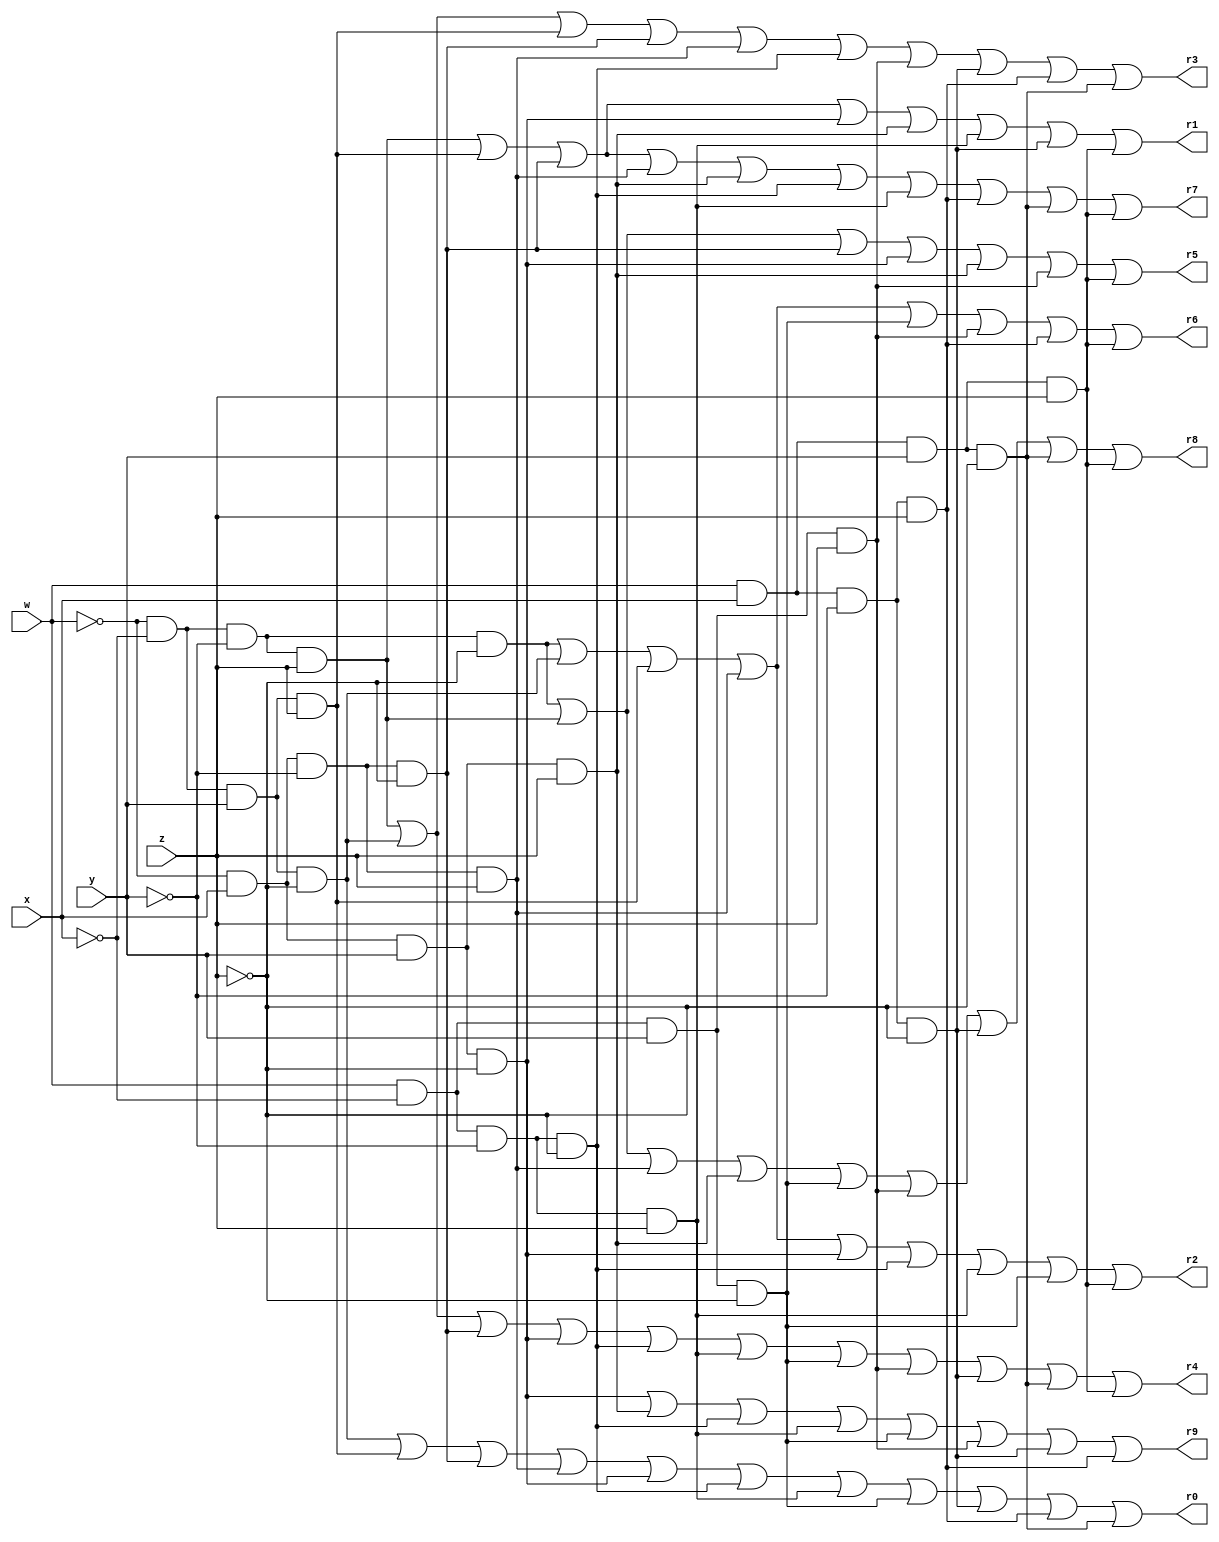
module Breadboard(w,x,y,z,r0,r1,r2,r3,r4,r5,r6,r7,r8,r9);
input w,x,y,z;                          
output r0, r1, r2, r3,r4, r5, r6, r7, r8, r9;                     
reg r0, r1, r2, r3,r4, r5, r6, r7, r8, r9;                         
wire w,x,y,z;

always @ ( w,x,y,z,r0,r1,r2,r3,r4,r5,r6,r7,r8,r9) begin
    // Minterm form of the equations pulled from the truth table
    r0 = (~w&~x&y&~z) | (~w&~x&y&z) | (~w&x&~y&~z) | (~w&x&~y&z) | (~w&x&y&~z) | (w&~x&~y&~z) |
        (w&~x&~y&z) | (w&~x&y&~z) | (w&x&~y&~z) | (w&x&~y&z) | (w&x&y&~z);

    r1 = (~w&~x&~y&z) | (~w&~x&y&z) | (~w&x&~y&~ z) | (~w&x&y&~z) | 
        (~w&x&y&z) | (w&~x&~y&z) | (w&x&~y&~z) | (w&x&y&z);

    r2 = (~w&~x&~y&~z) | (~w&~x&y&~z) | (~w&~x&y&z) | (~w&x&~y&z) | (~w&x&y&~z) |
        (w&~x&~y&~z) | (w&~x&~y&z) | (w&~x&y&~z) | (w&x&y&z);
    
    r3 = (~w&~x&~y&z) | (~w&~x&y&~z) | (~w&~x&y&z) | (~w&x&~y&~z) | (~w&x&~y&z) | 
        (w&~x&~y&~z) | (w&~x&y&z) | (w&x&~y&~z) | (w&x&~y&z) | (w&x&y&~z);

    r4 = (~w&~x&~y&z) | (~w&~x&y&~z) | (~w&x&~y&~z) | (~w&x&y&~z) | (w&~x&~y&~z) | 
        (w&~x&~y&z) | (w&~x&y&~z) | (w&~x&y&z) | (w&x&~y&~z) | (w&x&y&~z) | (w&x&y&z);
    
    r5 = (~w&~x&~y&~z) | (~w&~x&~y&z) | (~w&x&~y&~z) | 
        (~w&x&y&~z) | (~w&x&y&z) | (w&~x&y&z) | (w&x&y&z);
    
    r6 = (~w&~x&~y&~z) | (~w&~x&y&~z) | (~w&~x&y&z) | (~w&x&~y&z) | 
        (w&~x&y&~z) | (w&~x&y&z) | (w&x&~y&z) | (w&x&y&z);

    r7 = (~w&~x&~y&z) | (~w&~x&y&z) | (~w&x&~y&~z) | (~w&x&~y&z) | (~w&x&y&z) | 
        (w&~x&~y&~z) | (w&~x&~y&z) | (w&x&~y&z) | (w&x&y&~z) | (w&x&y&z);
    
    r8 = (~w&~x&~y&~z) | (~w&~x&~y&z) | (~w&x&~y&z) | (~w&x&y&z) |
        (w&~x&y&~z) | (w&~x&y&z) | (w&x&~y&~z) | (w&x&y&~z) | (w&x&y&z);
    
    r9 =(~w&x&y&~z) | (~w&x&y&z) | (w&~x&~y&~z) | (w&~x&~y&z) |
        (w&~x&y&~z) | (w&~x&y&z) | (w&x&~y&~z) | (w&x&~y&z);

end

endmodule

module testbench();
  reg [4:0] i; 
  reg  a;//Value of 2^3
  reg  b;//Value of 2^2
  reg  c;//Value of 2^1
  reg  d;//Value of 2^0
  
  wire  f0,f1,f2,f3,f4,f5,f6,f7,f8,f9;
  
  Breadboard zap(a,b,c,d,f0,f1,f2,f3,f4,f5,f6,f7,f8,f9);
 
  initial begin
   	
  $display ("|##|A|B|C|D|F0|F1|F2|F3|F4|F5|F6|F7|F8|F9|");
  $display ("|==+=+=+=+=+==+==+==+==+==+==+==+==+==+==|");
  
	for (i = 0; i < 16; i = i + 1) 
	begin
		a=(i/8)%2;//High bit
		b=(i/4)%2;
		c=(i/2)%2;
		d=(i/1)%2;//Low bit	
		 
    #12; // Wait for 12 time units
		 	
		$display ("|%2d|%1d|%1d|%1d|%1d| %1d| %1d| %1d| %1d| %1d| %1d| %1d| %1d| %1d| %1d|",i,a,b,c,d,f0,f1,f2,f3,f4,f5,f6,f7,f8,f9);
		if(i%4==3) 
		 $write ("|--+-+-+-+-+--+--+--+--+--+--+--+--+--+--|\n");

	end
 
	#10;
	$finish;
  end
  
endmodule